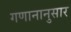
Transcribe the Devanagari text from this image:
गणानानुसार